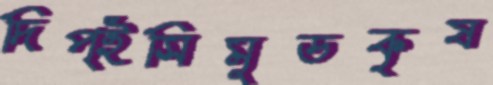
দিপ্ইসিমুডকৃষ